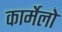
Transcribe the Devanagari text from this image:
कार्मेलो